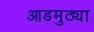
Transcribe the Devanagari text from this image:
आडमुठ्या